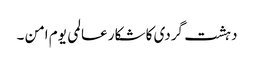
دہشت گردی کا شکار عالمی یوم امن ۔